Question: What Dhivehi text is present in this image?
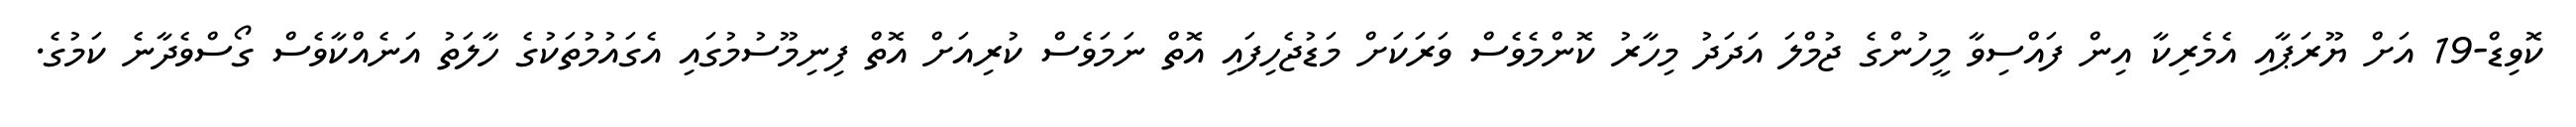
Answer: ކޮވިޑް-19 އަށް ޔޫރަޕާއި އެމެރިކާ އިން ފައްސިވާ މީހުންގެ ޖުމްލަ އަދަދު މިހާރު ކޮންމެވެސް ވަރަކަށް މަޑުޖެހިފައި އޮތް ނަމަވެސް ކުރިއަށް އޮތް ފިނިމޫސުމުގައި އެގައުމުތަކުގެ ހާލަތު އަނެއްކާވެސް ގޯސްވެދާނެ ކަމުގެ.